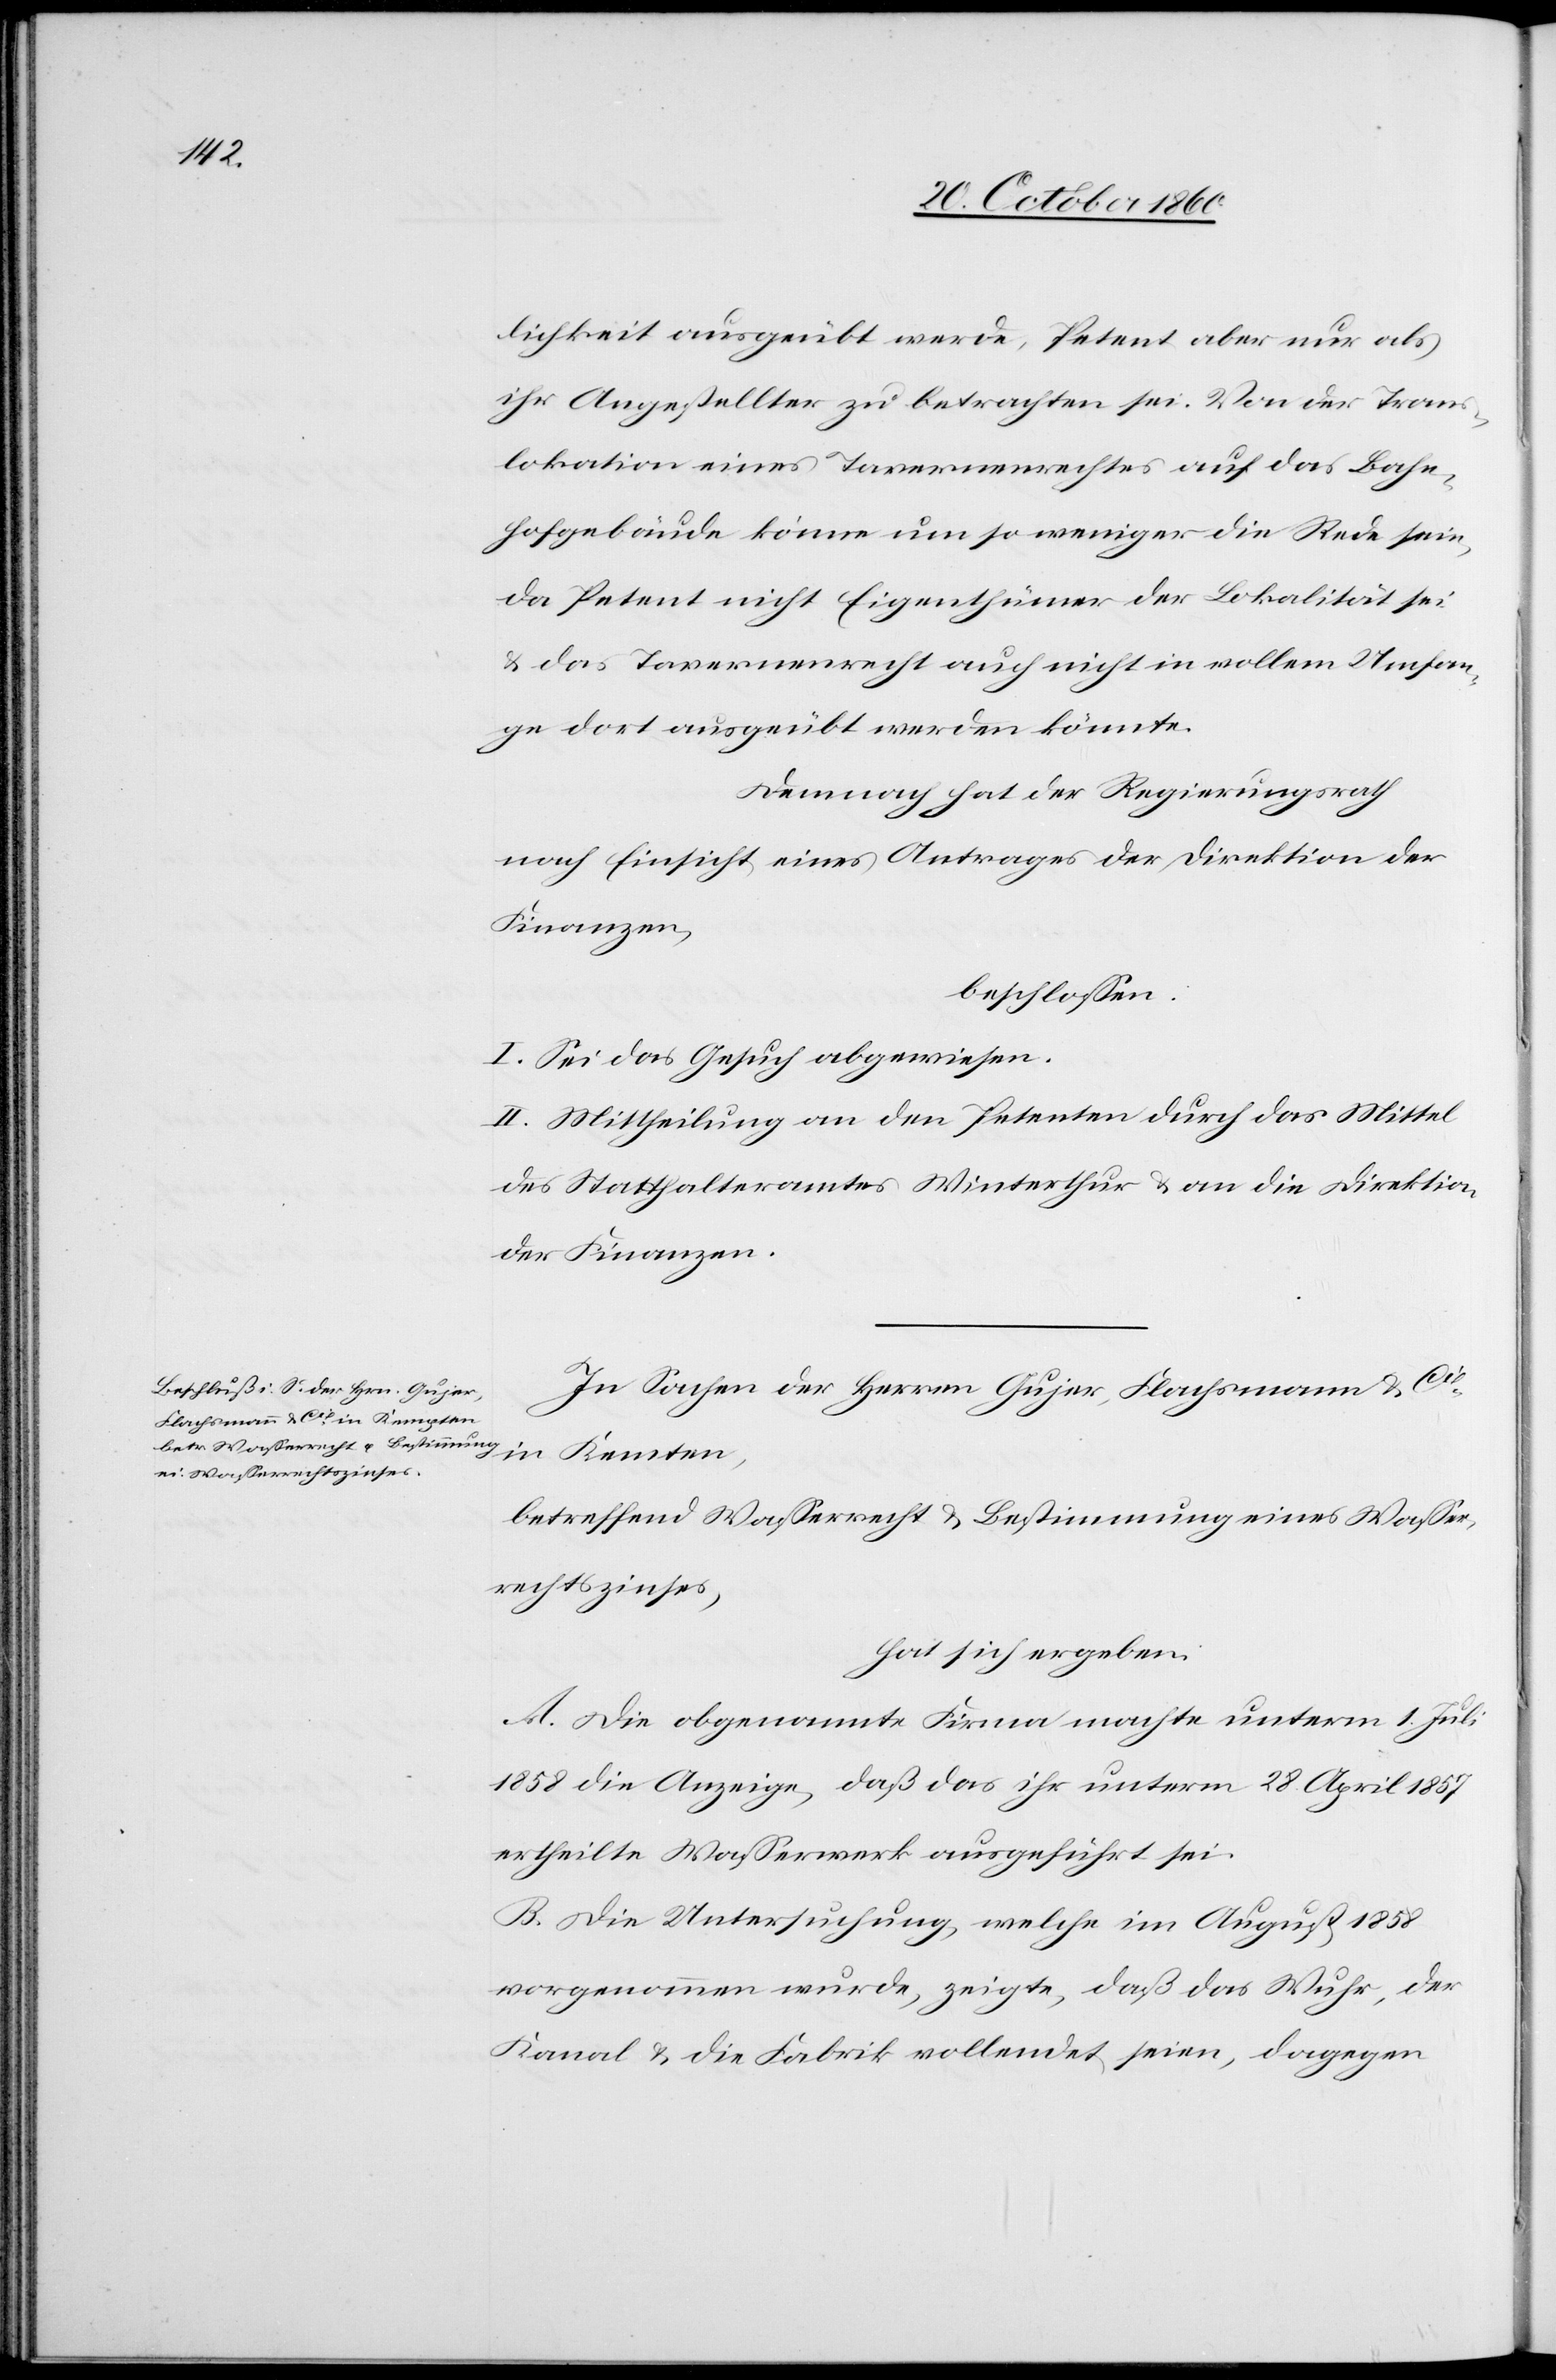
lichkeit ausgeübt werde, Petent aber nur als
ihr Angestellter zu betrachten sei. Von der Trans¬
lokation eines Tavernenrechtes auf das Bahn¬
hofgebäude könne um so weniger die Rede sein,
da Petent nicht Eigenthümer der Lokalität sei
u. das Tavernenrecht auch nicht in vollem Umfan¬
ge dort ausgeübt werden könnte.
Demnach hat der Regierungsrath
nach Einsicht eines Antrages der Direktion der
Finanzen,
beschlossen:
I. Sei das Gesuch abgewiesen.
II. Mittheilung an den Petenten durch das Mittel
des Statthalteramtes Winterthur u. an die Direktion
der Finanzen.
In Sachen der Herren Gujer, Flachsmann u. Cie
in Kemten
betreffend Wasserrecht u. Bestimmung eines Wasser¬
rechtszinses,
hat sich ergeben:
A. Die obgenannte Firma machte unterm 1. Juli
1858 die Anzeige, daß das ihr unterm 28. April 1857
ertheilte Wasserwerk ausgeführt sei.
B. Die Untersuchung, welche im August 1858
vorgenommen wurde, zeigte, daß das Wuhr, der
Kanal u. die Fabrik vollendet seien, dagegen